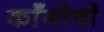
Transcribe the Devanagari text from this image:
काँगोची